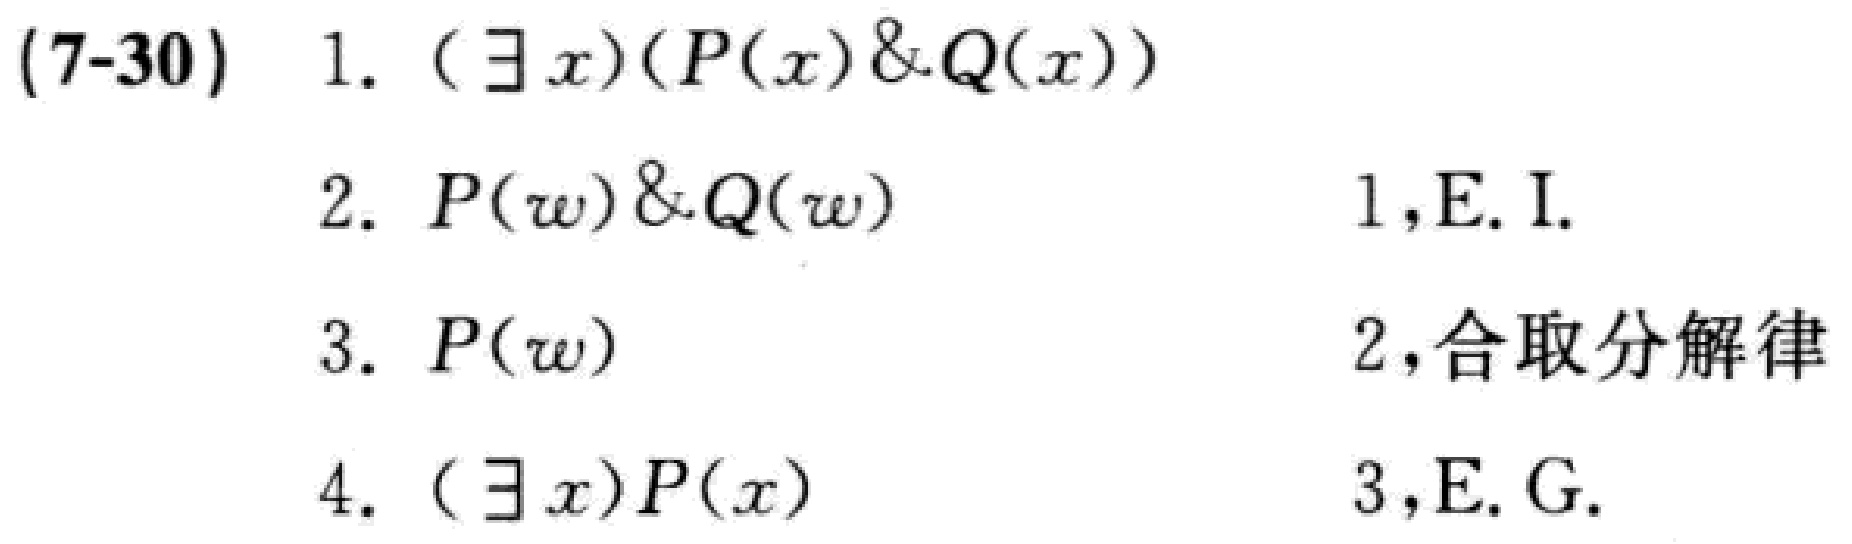
(7-30)
1. $(\exists x)(P(x)\&Q(x))$
2. $P(w)\&Q(w)$  \hfill 1,E.I.
3. $P(w)$  \hfill 2,合取分解律
4. $(\exists x)P(x)$  \hfill 3,E.G.